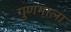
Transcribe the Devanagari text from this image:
गुणमाला